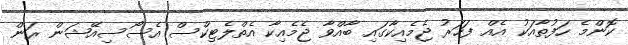
ކޮންމެ ހަފުތާއަކު އެއް ފަހަރު ޖެމެއިކާގައި ބާއްވާ ޖެމެއިކާ އެތްލެޓިކްސް އެސޯސިއޭޝަން ރަން